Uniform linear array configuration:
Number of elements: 24
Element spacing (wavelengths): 0.5
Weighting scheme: blackman
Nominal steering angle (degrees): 30
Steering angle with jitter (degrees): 28.661
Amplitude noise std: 0.05
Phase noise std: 0.05

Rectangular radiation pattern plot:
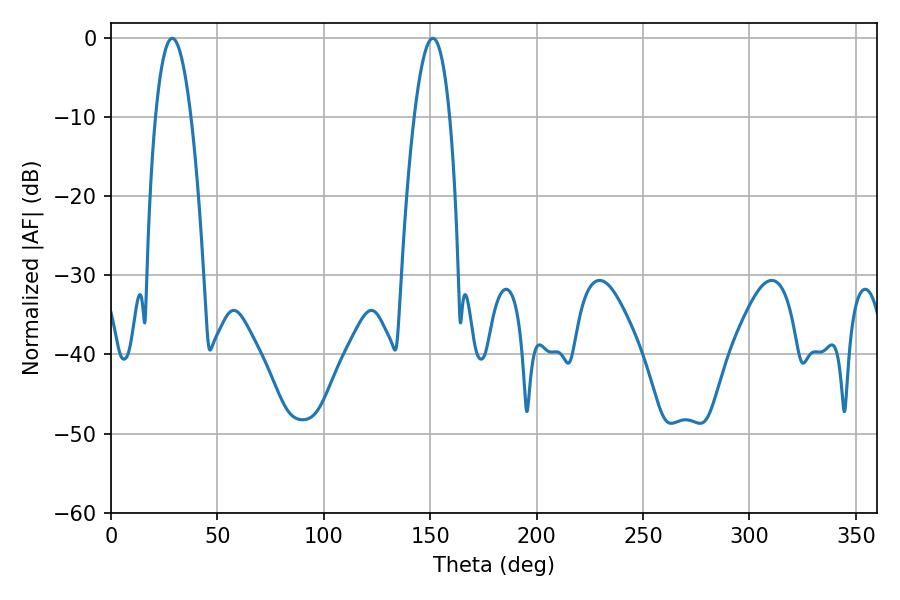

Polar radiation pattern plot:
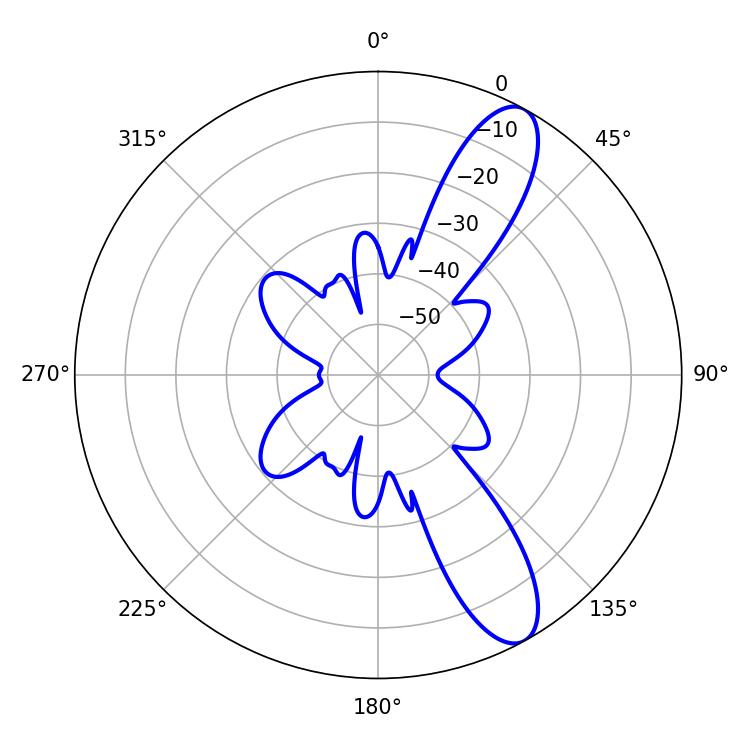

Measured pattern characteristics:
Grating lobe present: FALSE
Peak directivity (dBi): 10.795
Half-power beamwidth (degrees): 9.18
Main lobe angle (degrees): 28.8